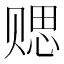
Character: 䞏